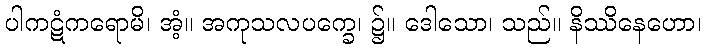
ပါကဋံကရောမိ၊ အံ့။ အကုသလပက္ခေ၊ ၌။ ဒေါသော၊ သည်။ နိဿိနေဟော၊